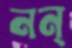
নন্